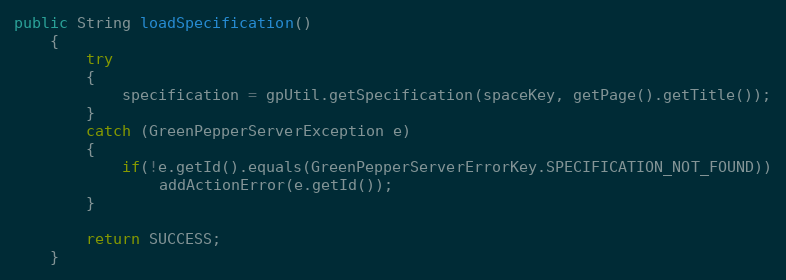
Language: Java
public String loadSpecification()
    {
        try
        {
            specification = gpUtil.getSpecification(spaceKey, getPage().getTitle());
        }
        catch (GreenPepperServerException e)
        {
            if(!e.getId().equals(GreenPepperServerErrorKey.SPECIFICATION_NOT_FOUND))
                addActionError(e.getId());
        }

        return SUCCESS;
    }